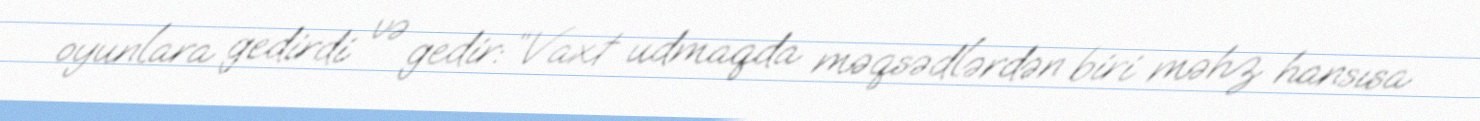
oyunlara gedirdi və gedir: “Vaxt udmaqda məqsədlərdən biri məhz hansısa